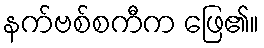
နက်ဗစ်စကီက ဖြေ၏။